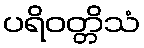
ပရိဝတ္တိသံ